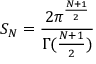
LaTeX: S _ { N } = \frac { 2 \pi ^ { \frac { N + 1 } { 2 } } } { \Gamma ( \frac { N + 1 } { 2 } ) }